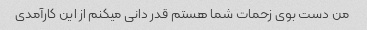
من دست بوی زحمات شما هستم قدر دانی میکنم از این کارآمدی